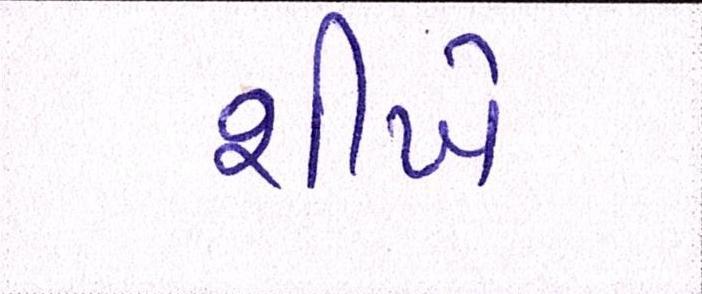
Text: શીખે